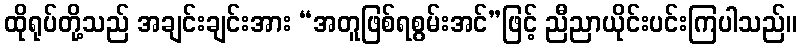
ထိုရုပ်တို့သည် အချင်းချင်းအား “အတူဖြစ်ရစွမ်းအင်”ဖြင့် ညီညာယိုင်းပင်းကြပါသည်။